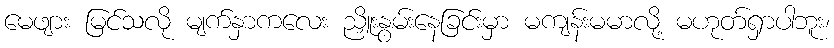
မေဖျား မြင်သလို မျက်နှာကလေး ညှိူးနွမ်းနေခြင်းမှာ မကျန်းမမာလို့ မဟုတ်ရှာပါဘူး၊